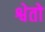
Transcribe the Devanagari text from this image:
श्वेतो